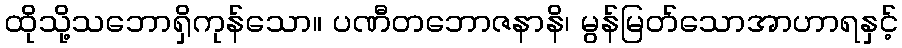
ထိုသို့သဘောရှိကုန်သော။ ပဏီတဘောဇနာနိ၊ မွန်မြတ်သောအာဟာရနှင့်